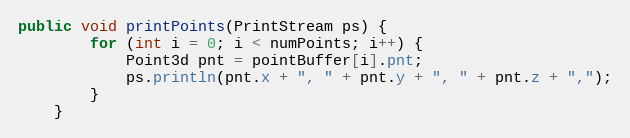
Language: Java
public void printPoints(PrintStream ps) {
        for (int i = 0; i < numPoints; i++) {
            Point3d pnt = pointBuffer[i].pnt;
            ps.println(pnt.x + ", " + pnt.y + ", " + pnt.z + ",");
        }
    }